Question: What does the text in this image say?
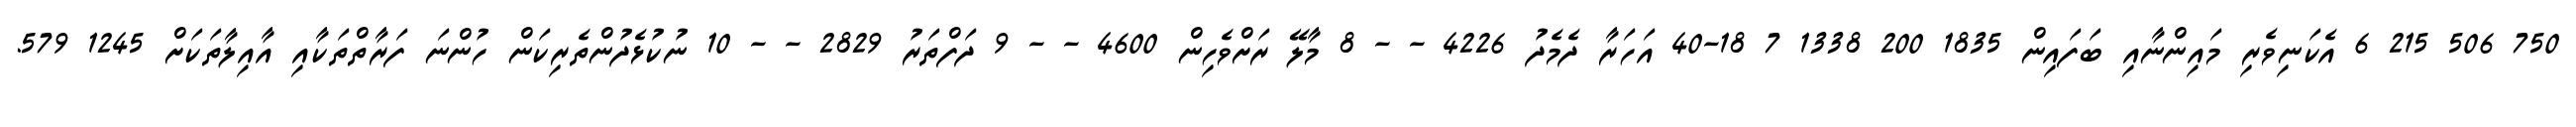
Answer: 750 506 215 6 އެކަނިވެރި މައިންނާއި ބަފައިން 1835 200 1338 7 18-40 އަހަރާ ދެމެދު 4226 - - 8 މާލޭ ރަށްވެހިން 4600 - - 9 ދަފްތަރު 2829 - - 10 ނުކުޅެދުންތެރިކަން ހުންނަ ފަރާތްތަކާއި އާއިލާތަކަށް 1245 579.